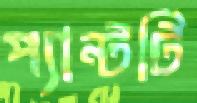
প্যান্টটি